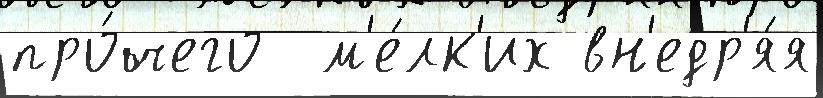
про́чего  м'е́лк'их вн'едр'я́я